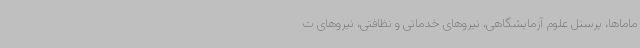
ماماها، پرسنل علوم آزمایشگاهی، نیروهای خدماتی و نظافتی، نیروهای ت